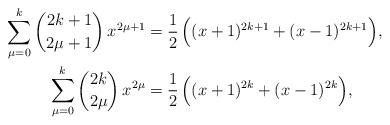
LaTeX: \begin{align*} \sum_{\mu=0}^k {2k+1 \choose 2\mu+1}\, x^{2\mu+1}& = \frac{1}{2}\, \Big( (x+1)^{2k+1} + (x-1)^{2k+1}\Big), \\ \sum_{\mu=0}^k {2k \choose 2\mu} \, x^{2\mu} & = \frac{1}{2}\, \Big( (x+1)^{2k} + (x-1)^{2k}\Big),\end{align*}